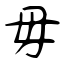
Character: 毋